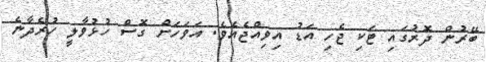
ބޭރުން ދޮރުގައި ޓަކި ޖެހި އަޑު އިވިއްޖެއެވެ. އަވަހަށް ގޮސް ހުޅުވާލީ ހުރެދާނެ